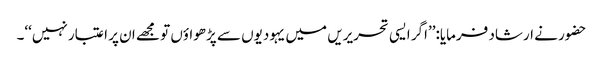
حضور نے ارشاد فرمایا:’’اگر ایسی تحریریں میں یہودیوں سے پڑھواؤں تو مجھے ان پر اعتبار نہیں‘‘۔